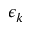
\epsilon _ { k }